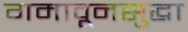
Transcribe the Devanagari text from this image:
गमावूनसुद्धा